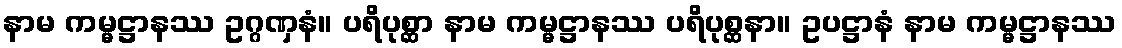
နာမ ကမ္မဋ္ဌာနဿ ဥဂ္ဂဏှနံ။ ပရိပုစ္ဆာ နာမ ကမ္မဋ္ဌာနဿ ပရိပုစ္ဆနာ။ ဥပဋ္ဌာနံ နာမ ကမ္မဋ္ဌာနဿ